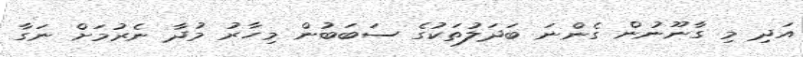
އަދި މި ގާނޫނުން ގެންނަ ބަދަލުތަކުގެ ސަބަބުން މިހާރު މުދާ ނެރުމަށް ނަގާ